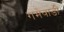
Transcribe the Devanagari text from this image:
गमेवाडी